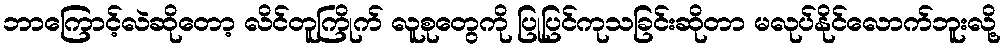
ဘာကြောင့်လဲဆိုတော့ လိင်တူကြိုက် လူစုတွေကို ပြုပြင်ကုသခြင်းဆိုတာ မလုပ်နိုင်လောက်ဘူးလို့